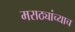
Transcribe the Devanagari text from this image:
मराठ्यांच्याच